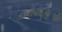
કાલવાદોસ